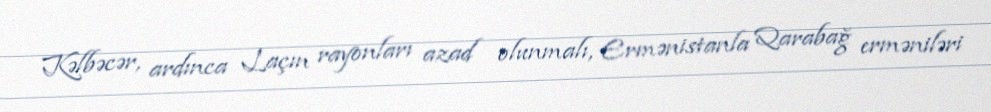
Kəlbəcər, ardınca Laçın rayonları azad olunmalı, Ermənistanla Qarabağ erməniləri